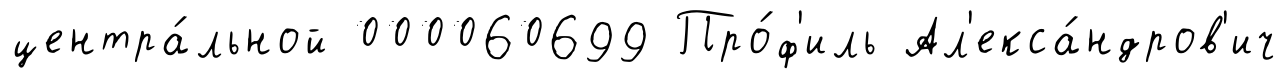
центра́льной 000060699 Про́ф'иль Ал'екса́ндров'ич